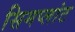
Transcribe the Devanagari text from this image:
सिमप्लांट